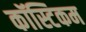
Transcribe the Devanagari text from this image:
कॉस्टिकम